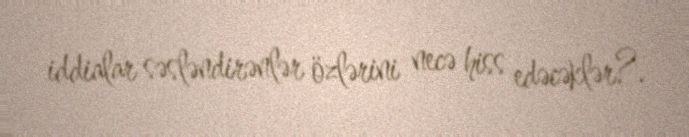
iddialar səsləndirənlər özlərini necə hiss edəcəklər?.